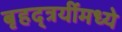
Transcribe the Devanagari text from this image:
बृहद्त्रयींमध्ये